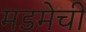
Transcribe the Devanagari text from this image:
मडमेची